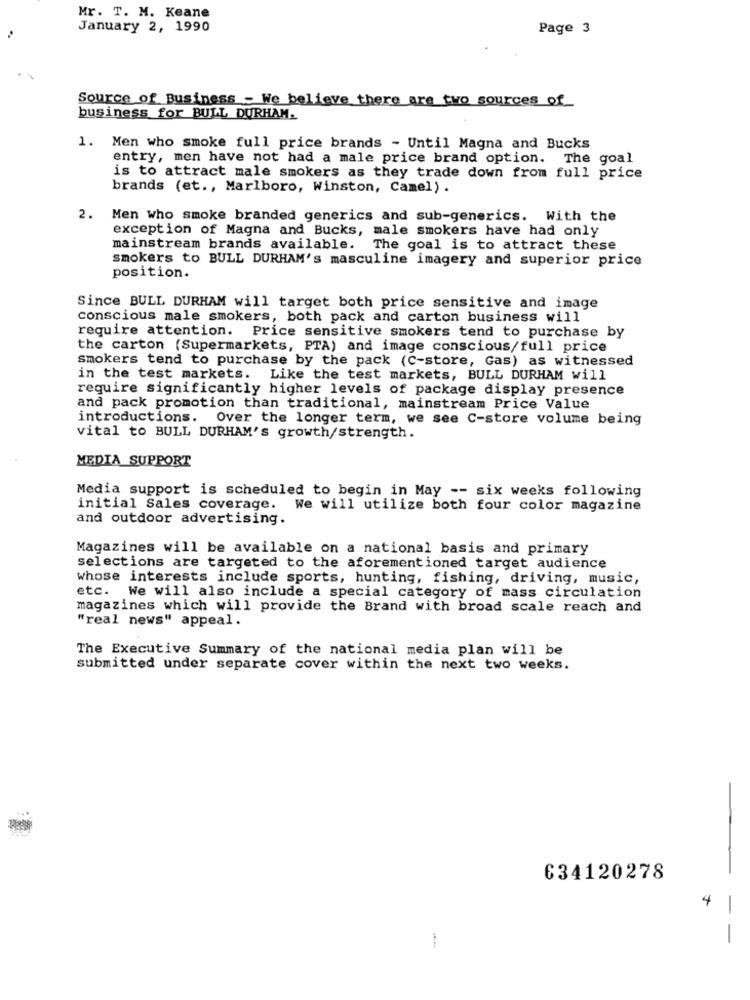
Mr. T. M. Keane
January 2, 1990
Page 3
Source of Business - We believe there are two sources of
business for BULL DURHAM.
1.
Men who smoke full price brands - Until Magna and Bucks
entry, men have not had a male price brand option. The goal
is to attract male smokers as they trade down from full price
brands (et ., Marlboro, Winston, Camel).
2. Men who smoke branded generics and sub-generics. With the
exception of Magna and Bucks, male smokers have had only
mainstream brands available. The goal is to attract these
smokers to BULL DURHAM's masculine imagery and superior price
position.
Since BULL DURHAM will target both price sensitive and image
conscious male smokers, both pack and carton business will
require attention. Price sensitive smokers tend to purchase by
the carton (Supermarkets, PTA) and image conscious/full price
smokers tend to purchase by the pack (C-store, Gas) as witnessed
in the test markets. Like the test markets, BULL DURHAM will
require significantly higher levels of package display presence
and pack promotion than traditional, mainstream Price Value
introductions. Over the longer term, we see C-store volume being
vital to BULL DURHAM'S growth/strength.
MEDIA SUPPORT
Media support is scheduled to begin in May -- six weeks following
initial Sales coverage. We will utilize both four color magazine
and outdoor advertising.
Magazines will be available on a national basis and primary
selections are targeted to the aforementioned target audience
whose interests include sports, hunting, fishing, driving, music,
etc. We will also include a special category of mass circulation
magazines which will provide the Brand with broad scale reach and
"real news" appeal.
The Executive Summary of the national media plan will be
submitted under separate cover within the next two weeks.
634120278
4